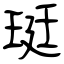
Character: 珽